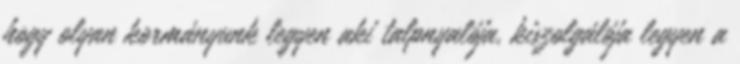
hogy olyan kormányunk legyen aki talpnyalója, kiszolgálója legyen a